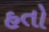
હતો